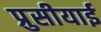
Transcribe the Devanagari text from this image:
प्रुसीयाई